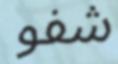
شفو